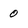
Character: 0